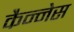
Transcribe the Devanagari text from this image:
कैन्नेस